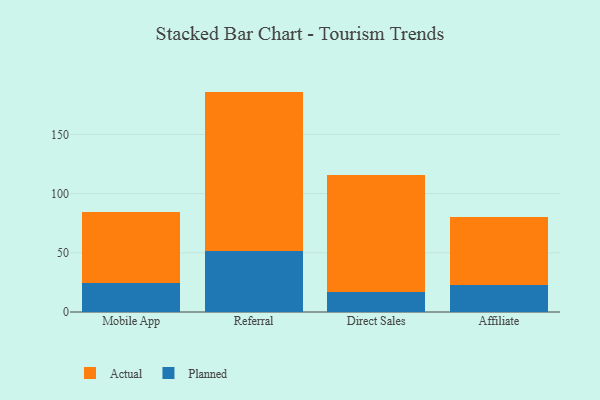
{"axis": {"x": "Channel", "y": "Market Share (%)"}, "legend": ["Actual", "Planned"], "data": [{"x": "Mobile App", "y": 24.4, "type": "Planned"}, {"x": "Mobile App", "y": 60.5, "type": "Actual"}, {"x": "Referral", "y": 51.3, "type": "Planned"}, {"x": "Referral", "y": 134.9, "type": "Actual"}, {"x": "Direct Sales", "y": 16.7, "type": "Planned"}, {"x": "Direct Sales", "y": 98.7, "type": "Actual"}, {"x": "Affiliate", "y": 23.1, "type": "Planned"}, {"x": "Affiliate", "y": 57.5, "type": "Actual"}]}